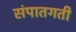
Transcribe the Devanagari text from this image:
संपातगती